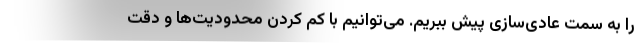
را به سمت عادی‌سازی پیش ببریم. می‌توانیم با کم کردن محدودیت‌ها و دقت